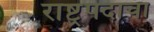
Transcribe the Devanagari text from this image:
राष्ट्रपदाचा